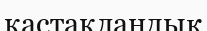
кастакландық